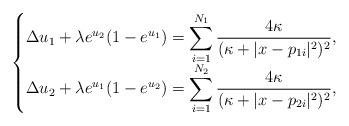
LaTeX: \begin{align*}\begin{cases}\Delta u_1+\lambda e^{u_2}(1-e^{u_1})=\displaystyle \sum_{i=1}^{N_1}\frac{4\kappa}{(\kappa+|x-p_{1i}|^2)^2},\\\Delta u_2+\lambda e^{u_1}(1-e^{u_2})=\displaystyle \sum_{i=1}^{N_2}\frac{4\kappa}{(\kappa+|x-p_{2i}|^2)^2},\end{cases}\end{align*}